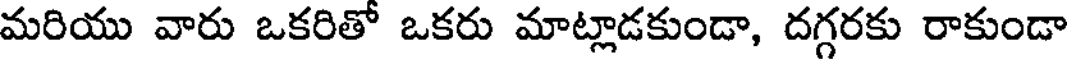
మరియు వారు ఒకరితో ఒకరు మాట్లాడకుండా, దగ్గరకు రాకుండా